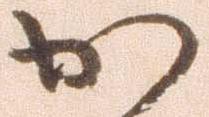
か